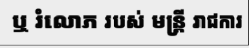
ឬ រំលោភ របស់ មន្ត្រី រាជការ